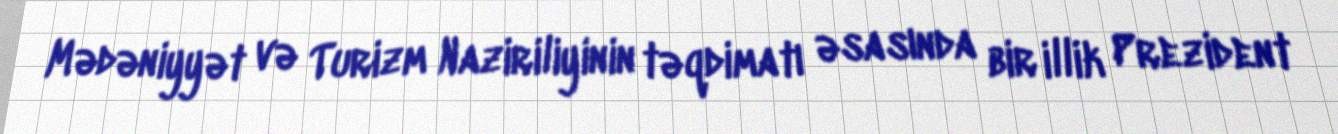
Mədəniyyət və Turizm Naziriliyinin təqdimatı əsasında bir illik Prezident